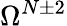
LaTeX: \Omega^{N\pm 2}